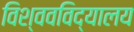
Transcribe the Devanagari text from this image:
विश्‍ववविद्यालय